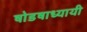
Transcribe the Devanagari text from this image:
षोडषाध्यायी